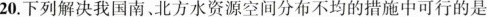
20.下列解决我国南、北方水资源空间分布不均的措施中可行的是